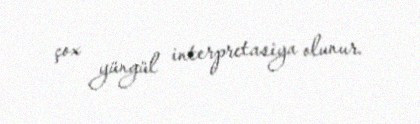
çox yüngül interpretasiya olunur.